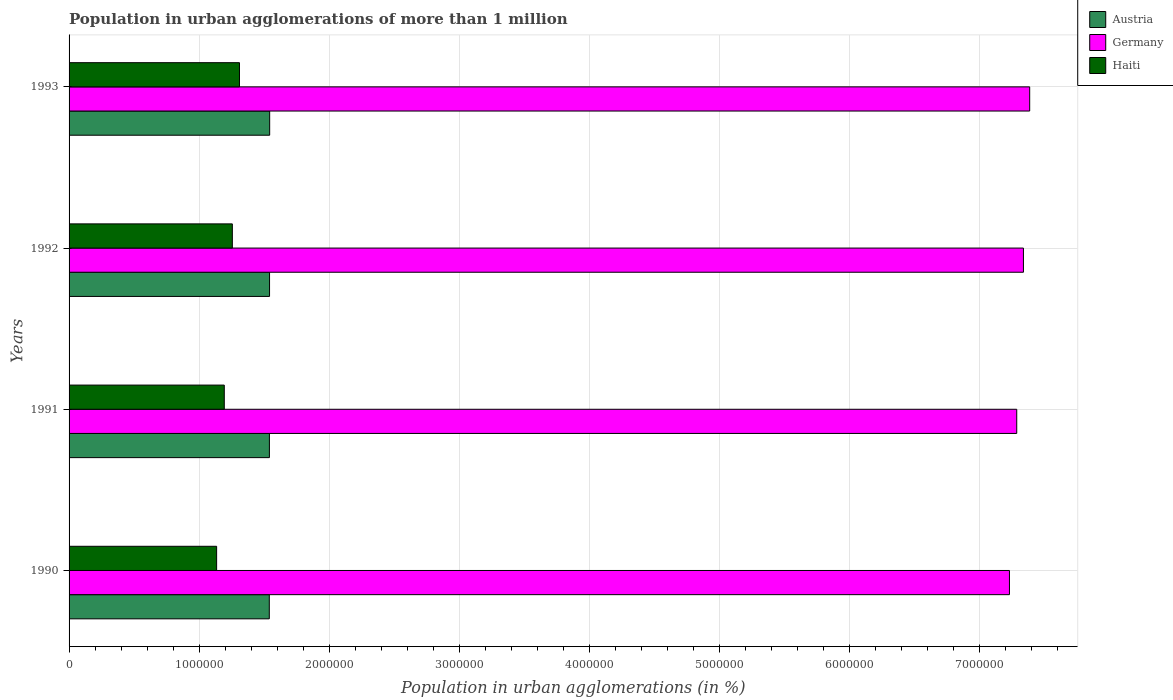
| Years | Austria | Germany | Haiti |
 | --- | --- | --- | --- |
 | 1990 | 1.54e+06 | 7.23e+06 | 1.13e+06 |
 | 1991 | 1.54e+06 | 7.28e+06 | 1.19e+06 |
 | 1992 | 1.54e+06 | 7.34e+06 | 1.26e+06 |
 | 1993 | 1.54e+06 | 7.38e+06 | 1.31e+06 |